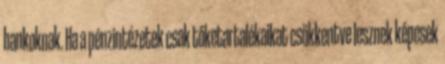
bankoknak. Ha a pénzintézetek csak tőketartalékaikat csökkentve lesznek képesek